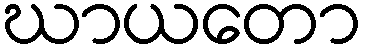
ဃာယတော